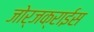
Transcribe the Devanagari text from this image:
जोर्जक्राईस